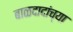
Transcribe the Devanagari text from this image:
बाळदादांच्या